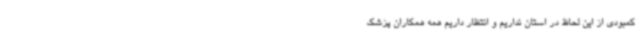
کمبودی از این لحاظ در استان نداریم و انتظار داریم همه همکاران پزشک